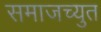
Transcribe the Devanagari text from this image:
समाजच्युत